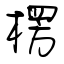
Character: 楞